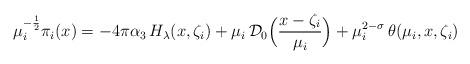
LaTeX: \begin{align*}\mu_i^{-\frac{1}{2}}\pi_i(x)=-4\pi\alpha_3\,H_{\lambda}(x,\zeta_i)+\mu_i\,\mathcal{D}_0\Bigl(\frac{x-\zeta_i}{\mu_i}\Bigr)+\mu_i^{2-\sigma}\,\theta(\mu_i,x,\zeta_i)\end{align*}